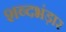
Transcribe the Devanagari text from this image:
शब्दभंड़ार